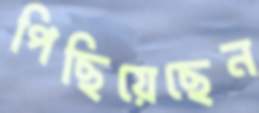
পিছিয়েছেন